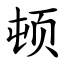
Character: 顿